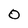
Character: O